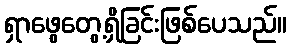
ရှာဖွေတွေ့ရှိခြင်းဖြစ်ပေသည်။